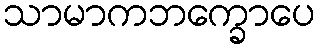
သာမာကဘက္ခောပေ